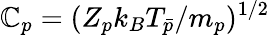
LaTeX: \mathbb{C}_{p}=(Z_{p}k_{B}T_{\bar{{p}}}/m_{p})^{1/2}